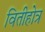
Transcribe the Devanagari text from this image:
वितीहोत्र